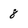
Character: 8